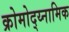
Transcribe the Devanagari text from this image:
क्रोमोद्य्नामिक